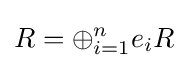
R=\oplus _{i=1}^{n}e_{i}R